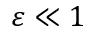
\varepsilon \ll 1